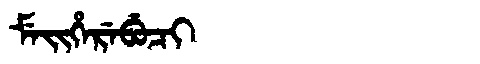
Manchu: ᠮᡝᡳᡥᡝᡵᡝᠪᡠᠴᡳ
Romanization: MEIHEREBUCI